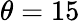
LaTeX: \theta=15